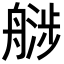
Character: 𬜚